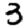
Digit: 3